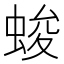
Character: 𮔖